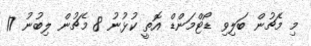
މި މެޗުން ބަލިވި ޑޯޓްމަންޑް އޮތީ ކުޅުނު 8 މެޗުން ލިބުނު 17